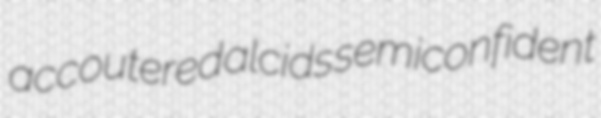
accoutered alcids semiconfident